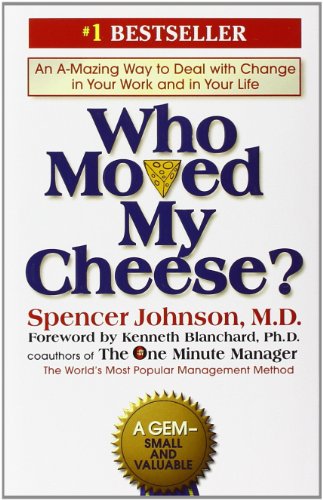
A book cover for Who Moved My Cheese?: An Amazing Way to Deal with Change in Your Work and in Your Life; Spencer Johnson; Self-Help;